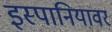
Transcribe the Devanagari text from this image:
इस्पानियावर